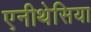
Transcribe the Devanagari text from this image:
एनीथेसिया